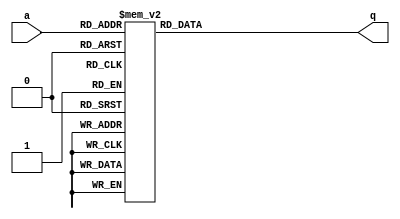
module top_module (
    input [2:0] a,
    output [15:0] q ); 
reg [15:0] q_reg;

always @(*)begin
    case (a)
        3'd0:q_reg = 16'h1232;
        3'd1:q_reg = 16'haee0;
        3'd2:q_reg = 16'h27d4;
        3'd3:q_reg = 16'h5a0e;
        3'd4:q_reg = 16'h2066;
        3'd5:q_reg = 16'h64ce;
        3'd6:q_reg = 16'hc526;
        3'd7:q_reg = 16'h2f19;
        default:q_reg = 16'h0000;
    endcase
end
assign q = q_reg;
endmodule